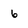
Character: 6